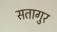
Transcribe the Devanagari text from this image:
सतागुर